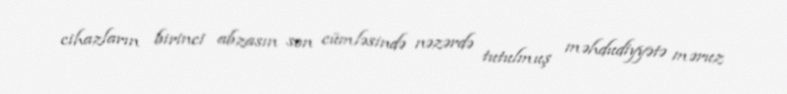
cihazların birinci abzasın son cümləsində nəzərdə tutulmuş məhdudiyyətə məruz